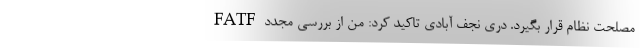
مصلحت نظام قرار بگیرد. دری نجف آبادی تاکید کرد: من از بررسی مجدد FATF